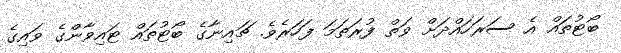
ބޯޓުތައް އެ ސަރަހައްދަށް ވަތް ފުރަތަމަ ފަހަރެވެ. ޗައިނާގެ ބޯޓުތައް ޓައިވާންގެ ވައިގެ